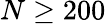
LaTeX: N\geq 200